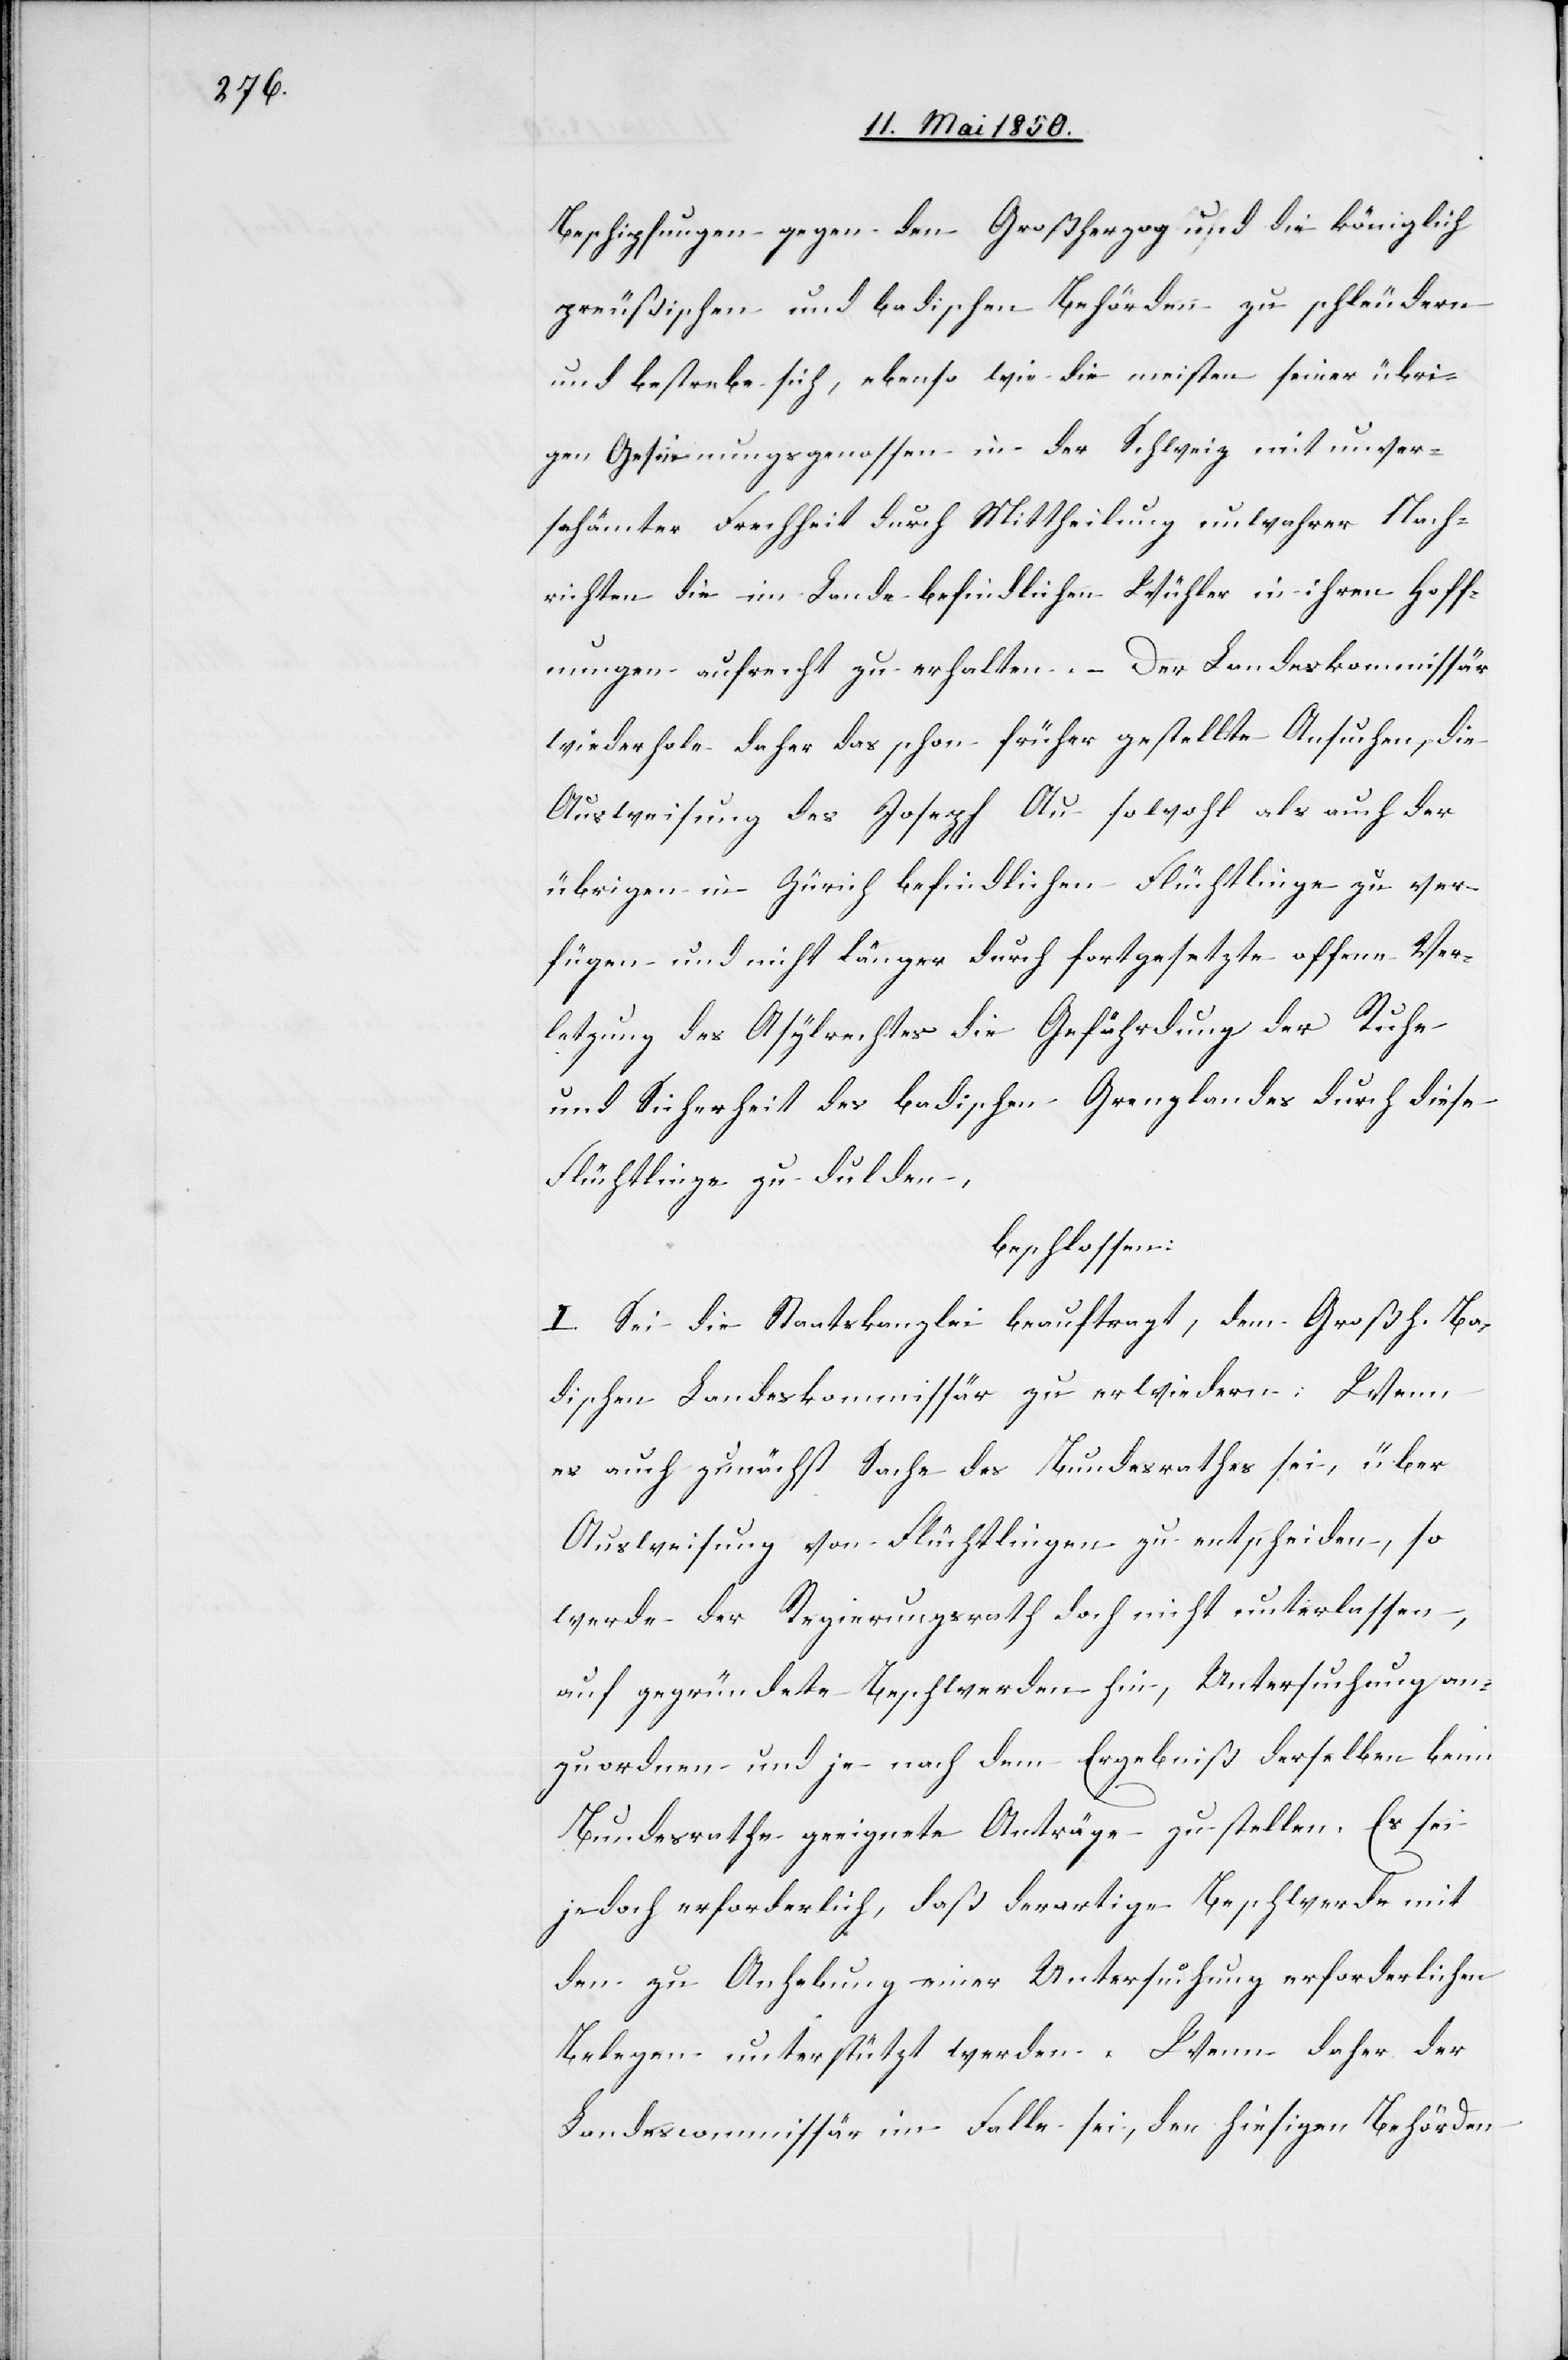
Beschi[m]pfungen gegen den Großherzog und die königlich
preußischen und badischen Behörden zu schleudern
und bestrebe sich, ebenso wie die meisten seiner übri¬
gen Gesinnungsgenossen in der Schweiz mit unver¬
schämter Frechheit durch Mittheilung unwahrer Nach¬
richten die im Lande befindlichen Wühler in ihren Hoff¬
nungen aufrecht zu erhalten. Der Landeskommissär
wiederhole daher das schon früher gestellte Ansuchen, die
Ausweisung des Joseph Au sowohl als auch der
übrigen in Zürich befindlichen Flüchtlinge zu ver¬
fügen und nicht länger durch fortgesetzte offene Ver¬
letzung des Asylrechtes die Gefährdung der Ruhe
und Sicherheit des badischen Grenzlandes durch diese
Flüchtlinge zu dulden,
beschlossen:
I. Sei die Staatskanzlei beauftragt, dem Großh. Ba¬
dischen Landeskommissär zu erwiedern: Wenn
es auch zunächst Sache des Bundesrathes sei, über
Ausweisung von Flüchtlingen zu entscheiden, so
werde der Regierungsrath doch nicht unterlassen,
auf gegründete Beschwerden hin, Untersuchung an¬
zuordnen und je nach dem Ergebniß derselben beim
Bundesrathe geeignete Anträge zu stellen. Es sei
jedoch erforderlich, daß derartige Beschwerde mit
den zu Anhebung einer Untersuchung erforderlichen
Belegen unterstützt werden. Wenn daher der
Landescommissär im Falle sei, den hiesigen Behörden